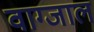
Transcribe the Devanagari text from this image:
वाग्जाल